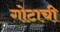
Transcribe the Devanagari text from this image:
गोटाची